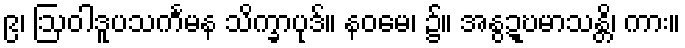
၉၊ ဩဝါဒူပသင်္ကမန သိက္ခာပုဒ်။ နဝမေ၊ ၌။ အနွဍ္ဎမာသန္တိ၊ ကား။